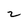
Character: 2